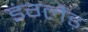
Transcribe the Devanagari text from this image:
इंग्लैंड़